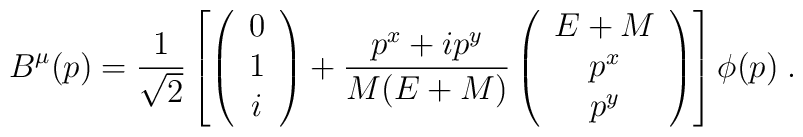
B^\mu(p) = \frac{1}{\sqrt2}\left[\left(\begin{array}{c}0\\1\\i\end{array}\right)+\frac{p^x+ip^y}{M(E+M)}\left(\begin{array}{c}E+M\\p^x\\p^y\end{array}\right)\right]\phi(p)\;.